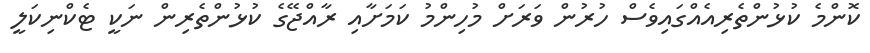
ކޮންމެ ކުޅުންތެރިއެއްގައިވެސް ހުރުން ވަރަށް މުހިންމު ކަމަށާއި ރާއްޖޭގެ ކުޅުންތެރިން ނަކީ ޓެކްނިކަލީ